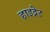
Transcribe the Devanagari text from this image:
हाइद्रेट